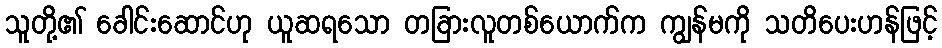
သူတို့၏ ခေါင်းဆောင်ဟု ယူဆရသော တခြားလူတစ်ယောက်က ကျွန်မကို သတိပေးဟန်ဖြင့်